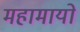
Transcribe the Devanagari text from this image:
महामायो